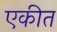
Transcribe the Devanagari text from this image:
एकीत